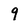
Character: 9